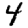
Digit: 4